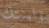
وابنتك